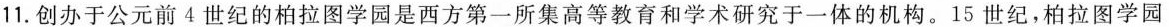
11.创办于公元前4世纪的柏拉图学园是西方第一所集高等教育和学术研究于一体的机构。15世纪，柏拉图学园